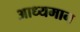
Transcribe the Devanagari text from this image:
आध्यमान